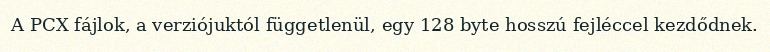
A PCX fájlok, a verziójuktól függetlenül, egy 128 byte hosszú fejléccel kezdődnek.